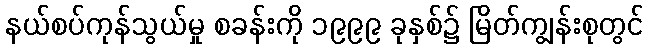
နယ်စပ်ကုန်သွယ်မှု စခန်းကို ၁၉၉၉ ခုနှစ်၌ မြိတ်ကျွန်းစုတွင်